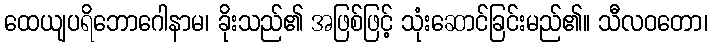
ထေယျပရိဘောဂေါနာမ၊ ခိုးသည်၏ အဖြစ်ဖြင့် သုံးဆောင်ခြင်းမည်၏။ သီလဝတော၊